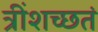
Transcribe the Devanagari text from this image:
त्रींशच्छतं